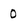
Character: 0